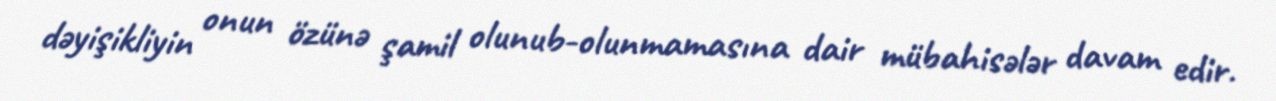
dəyişikliyin onun özünə şamil olunub-olunmamasına dair mübahisələr davam edir.